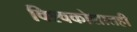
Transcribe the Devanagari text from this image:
विश्वकोशातही